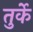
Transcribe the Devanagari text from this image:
तुर्के